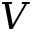
V